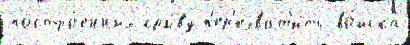
постро́енных сры́ву п'ер'ехват'и́ть во́йска